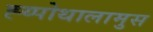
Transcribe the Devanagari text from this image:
ह्य्पोथालामुस